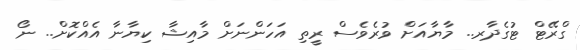
ގްރޭޓް ޓުގެދާރ.. މާޔާއަށް ވުރެވެސް ރީތި އަހަންނަށް މާއިޝާ ކިޔާނާ އެއްކޮށް.. ނޯ